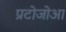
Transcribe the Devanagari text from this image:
प्रटोजोआ